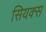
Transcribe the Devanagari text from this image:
सियक्स